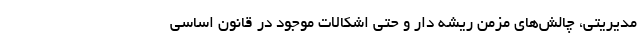
مدیریتی، چالش‌های مزمن ریشه دار و حتی اشکالات موجود در قانون اساسی